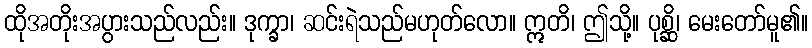
ထိုအတိုးအပွားသည်လည်း။ ဒုက္ခာ၊ ဆင်းရဲသည်မဟုတ်လော။ ဣတိ၊ ဤသို့။ ပုစ္ဆိ၊ မေးတော်မူ၏။